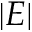
| E |